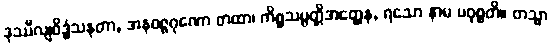
ဒုဿီလျဝိဒ္ဓံသနတာ, အနဝဇ္ဇဂုဏော တထာ၊ ကိစ္စသမ္ပတ္တိအတ္ထေန, ရသော နာမ ပဝုစ္စတိ။ တသ္မာ